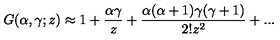
G ( { \alpha } , { \gamma } ; z ) \approx 1 + \frac { { \alpha } { \gamma } } { z } + \frac { { \alpha } ( { \alpha } + 1 ) { \gamma } ( { \gamma } + 1 ) } { 2 ! z ^ { 2 } } + . . .